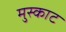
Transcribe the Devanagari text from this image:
मुस्काट